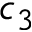
c _ { 3 }